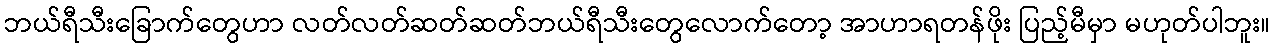
ဘယ်ရီသီးခြောက်တွေဟာ လတ်လတ်ဆတ်ဆတ်ဘယ်ရီသီးတွေလောက်တော့ အာဟာရတန်ဖိုး ပြည့်မီမှာ မဟုတ်ပါဘူး။